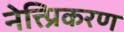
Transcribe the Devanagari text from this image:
नेत्त्प्रिकरण